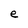
Character: e